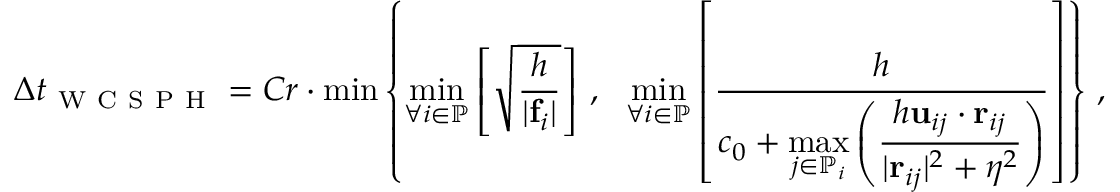
\Delta t _ { \mathrm { ~ W ~ C ~ S ~ P ~ H ~ } } = C r \cdot \operatorname* { m i n } \left\lbrace \operatorname* { m i n } _ { \forall i \in \mathbb { P } } \left[ \sqrt { \frac { h } { \vert \mathbf { f } _ { i } \vert } } \right] \, , \: \: \: \operatorname* { m i n } _ { \forall i \in \mathbb { P } } \left[ \frac { h } { c _ { 0 } + \displaystyle \operatorname* { m a x } _ { j \in \mathbb { P } _ { i } } \left( \frac { h \mathbf { u } _ { i j } \cdot \mathbf { r } _ { i j } } { \vert \mathbf { r } _ { i j } \vert ^ { 2 } + \eta ^ { 2 } } \right) } \right] \right\rbrace \, ,